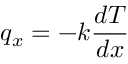
q _ { x } = - k { \frac { d T } { d x } }